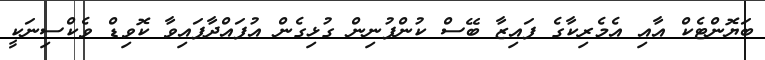
ބަޔޮންޓެކް އާއި އެމެރިކާގެ ފައިޒާ ބޭސް ކުންފުނިން ގުޅިގެން އުފައްދާފައިވާ ކޮވިޑް ވެކްސިނަކީ